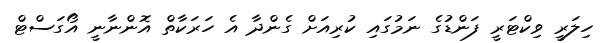
ހިލަރީ ވިކްޓަރީ ފަންޑުގެ ނަމުގައި ކުރިއަށް ގެންދާ އެ ހަރަކާތް އޮންނާނީ އޯގަސްޓް